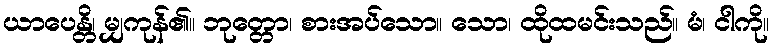
ယာပေန္တိ၊ မျှကုန်၏။ ဘုတ္တော၊ စားအပ်သော။ သော၊ ထိုထမင်းသည်။ မံ၊ ငါကို။